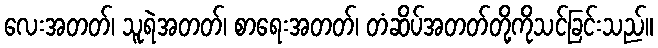
လေးအတတ်၊ သူရဲအတတ်၊ စာရေးအတတ်၊ တံဆိပ်အတတ်တို့ကိုသင်ခြင်းသည်။